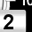
Digit: 2